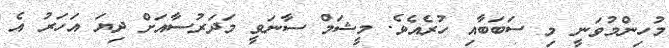
މުހިންމުވަނީ މި ސަބަބާއި ހުރެއެވެ. މީޝަމް ސާނަވީ މަދަރުސާއަށް ދިޔަ އަހަރު އެ